Lunatic asylums Punjab 1881-1894 - 1881-1894
Year: 1881
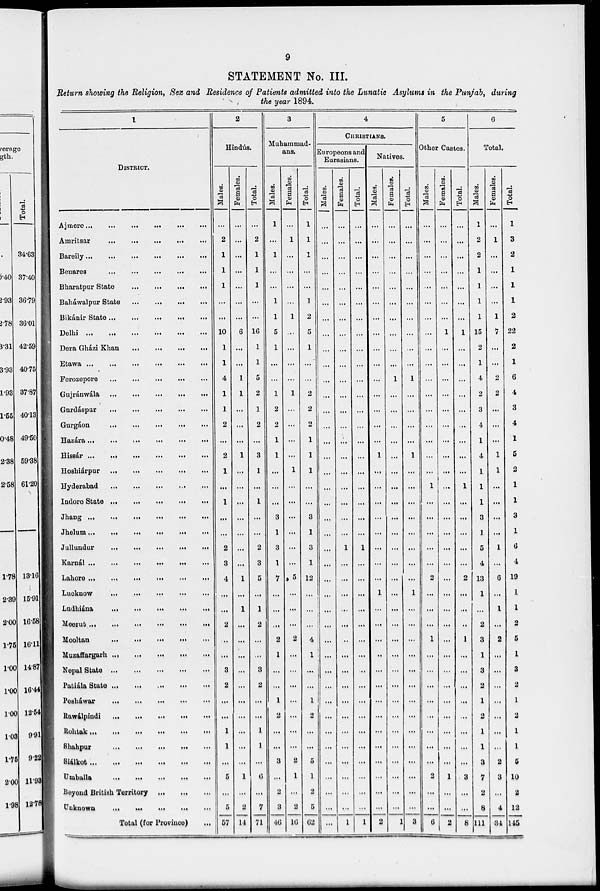
9
STATEMENT No. III.
Return showing the Religion, Sex and Residence of Patients admitted into the Lunatic Asylums in the Punjab, during
the year 1894.
1
DISTRICT.
Ajmere...
...
...
...
...
...
Amritsar
...
...
...
...
...
Bareily ...
...
...
...
...
...
Benares
...
...
...
...
...
Bharatpur State
...
...
...
...
Baháwalpur State ... ... ... ... ...
Bikánir State ...
...
...
...
...
Delhi ...
...
...
...
...
...
Dera Gházi Khan
...
...
...
...
Etawa
...
...
...
...
...
...
Ferozepore ... ...
...
...
...
Gujránwála
...
...
...
...
...
Gurdáspur ... ... ... ... ...
Gurgáon ... ... ...
...
...
Hazára ...
...
...
...
...
...
Hissár ...
...
...
...
...
...
Hoshiárpur
...
...
...
...
...
Hyderabad
...
...
...
...
...
Indore State ...
...
...
...
...
Jhang ...
...
...
...
...
...
Jhelum...
...
...
...
...
...
Jullundur ... ... ... ... ...
Karnál ...
...
...
...
...
...
Lahore ...
...
...
...
...
...
Lucknow
...
... ... ... ...
Ladhiána
...
...
...
...
...
Meerut ...
...
...
...
...
...
Mooltan
...
...
...
...
...
Muzaffargarh ... ...
...
...
...
Nepal State
...
...
...
...
...
Patiála State
...
...
...
...
...
Pesháwar ... ... ... ... ...
Rawálpindi
...
...
...
...
...
Rohtak ... ...
...
...
...
...
Shahpur
...
...
...
...
...
Siálkot
...
...
...
...
...
...
Umballa
...
...
...
...
...
Beyond British Territory
...
...
...
Unknown
...
...
...
...
...
Total (for Province)
...
2
Hindús.
Males.
...
2
1
1
1
...
...
10
1
1
4
1
1
2
...
2
1
...
1
...
...
2
3
4
...
...
2
...
...
3
2
...
...
1
1
...
5
...
5
57
Females.
...
...
...
...
...
...
...
6
...
...
1
1
...
...
...
1
...
...
...
...
...
...
...
1
...
1
...
...
...
...
...
...
...
...
...
...
1
...
2
14
Total.
...
2
1
1
1
...
...
16
1
1
5
2
1
2
...
3
1
...
1
...
...
2
3
5
...
1
2
...
...
3
2
...
...
1
1
...
6
...
7
71
3
Muhammad-
ans.
Males.
1
...
1
...
...
1
1
5
1
...
...
1
2
2
1
1
...
...
...
3
1
3
1
7
...
...
...
2
1
...
...
1
2
...
...
3
...
2
3
40
Females.
...
1
...
...
...
...
1
...
...
...
...
1
...
...
...
...
1
...
...
...
...
...
...
5
...
...
...
2
...
...
...
...
...
...
...
2
1
...
2
16
Total.
1
1
1
...
...
1
2
5
1
...
...
2
2
2
1
1
1
...
...
3
1
3
1
12
...
...
...
4
1
...
...
1
2
...
...
5
1
2
5
62
4
CHRISTIANS.
Europeons and
Eurasians.
Males.
...
...
...
...
...
...
...
...
...
...
...
...
...
...
...
...
...
...
...
...
...
...
...
...
...
...
...
...
...
...
...
...
...
...
...
...
...
...
...
...
Females.
...
...
...
...
...
...
...
...
...
...
...
...
...
...
...
...
...
...
...
...
...
1
...
...
...
...
...
..
...
...
...
...
...
...
...
...
...
...
...
1
Total.
...
...
...
...
...
...
...
...
...
...
...
...
...
...
...
...
...
...
...
...
...
1
...
...
...
...
...
...
...
...
...
...
...
...
...
...
...
...
...
1
Natives.
Males.
...
...
...
...
...
...
...
...
...
...
...
...
...
...
...
1
....
...
...
...
...
...
...
...
1
...
...
...
..
...
...
...
...
...
...
...
...
...
...
2
Females.
...
...
...
...
...
...
...
...
...
...
1
...
...
...
...
...
...
...
...
...
...
...
...
...
...
...
...
...
...
...
...
...
...
...
...
...
...
...
...
1
Total.
...
...
...
...
...
...
...
...
...
...
1
...
...
...
...
1
...
...
...
...
...
...
...
...
1
...
...
...
...
...
...
...
...
...
...
...
...
...
...
3
5
Other Castes.
Males.
...
...
...
...
...
...
...
...
...
...
...
...
...
...
...
...
...
1
...
...
...
...
...
2
...
...
...
1
...
...
...
...
...
...
...
...
2
...
...
6
Females.
...
...
...
...
...
...
...
1
...
...
...
...
...
...
...
...
...
...
...
...
...
...
...
...
...
...
...
...
...
...
...
...
...
...
...
...
1
...
...
2
Total.
...
...
...
...
...
...
...
1
...
...
...
...
...
...
...
...
...
1
...
...
...
...
...
2
...
...
...
1
...
...
...
...
...
...
...
...
3
...
...
8
6
Total.
Males.
1
2
2
1
1
1
1
15
2
1
4
2
3
4
1
4
1
1
1
3
1
5
4
13
1
...
2
3
1
3
2
1
2
1
1
3
7
2
8
111
Females.
...
1
...
...
...
...
1
7
...
...
2
2
...
...
...
1
1
...
...
...
...
1
...
6
...
1
...
2
...
...
...
...
...
...
...
2
3
...
4
34
Total.
1
3
2
1
1
1
2
22
2
1
6
4
3
4
1
5
2
1
1
3
1
6
4
19
1
1
2
5
1
3
2
1
2
1
1
5
10
2
12
145